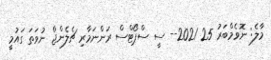
މާލެ: ނޮވެމްބަރު 25 2021-- ސީ ސްޕޯޓްސް ރަންނަމާރި ޗެލެންޖް ނުވަތަ ގައުމީ